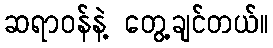
ဆရာဝန်နဲ့ တွေ့ချင်တယ်။